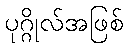
ပုဂ္ဂိုလ်အဖြစ်